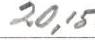
20,15